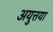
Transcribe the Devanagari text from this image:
अयुत्तया